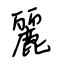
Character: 麗